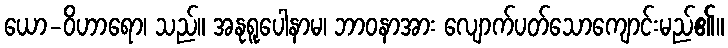
ယော-ဝိဟာရော၊ သည်။ အနုရူပေါနာမ၊ ဘာဝနာအား လျောက်ပတ်သောကျောင်းမည်၏။